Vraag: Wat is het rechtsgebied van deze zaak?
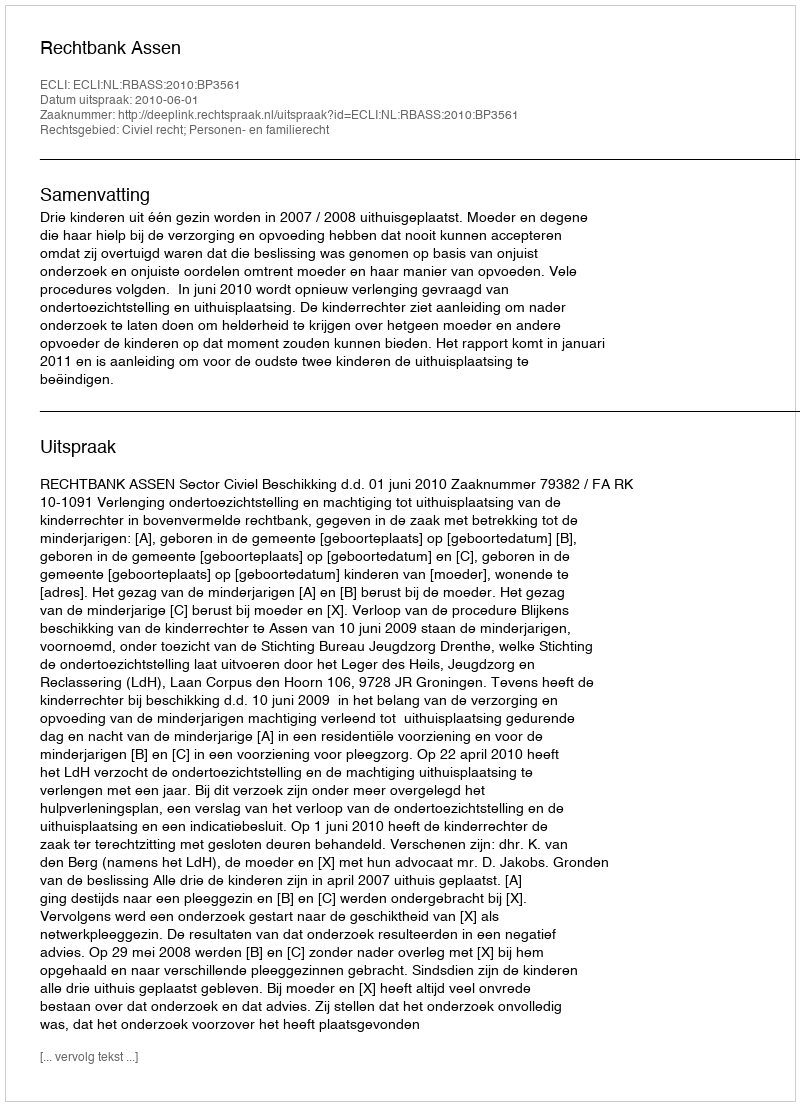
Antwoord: Civiel recht; Personen- en familierecht